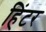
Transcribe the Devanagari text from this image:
हिंटर